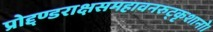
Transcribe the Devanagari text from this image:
प्रोद्दण्डराक्षसमहावनरुट्कृशानो।